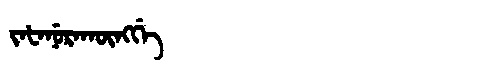
Manchu: ᠵᠠᡶᠠᠨᡠᡵᠠᡴᡡᠩᡤᡝ
Romanization: JAFANURAKŪNGGE